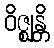
ဝိဇ္ဈန္တိ